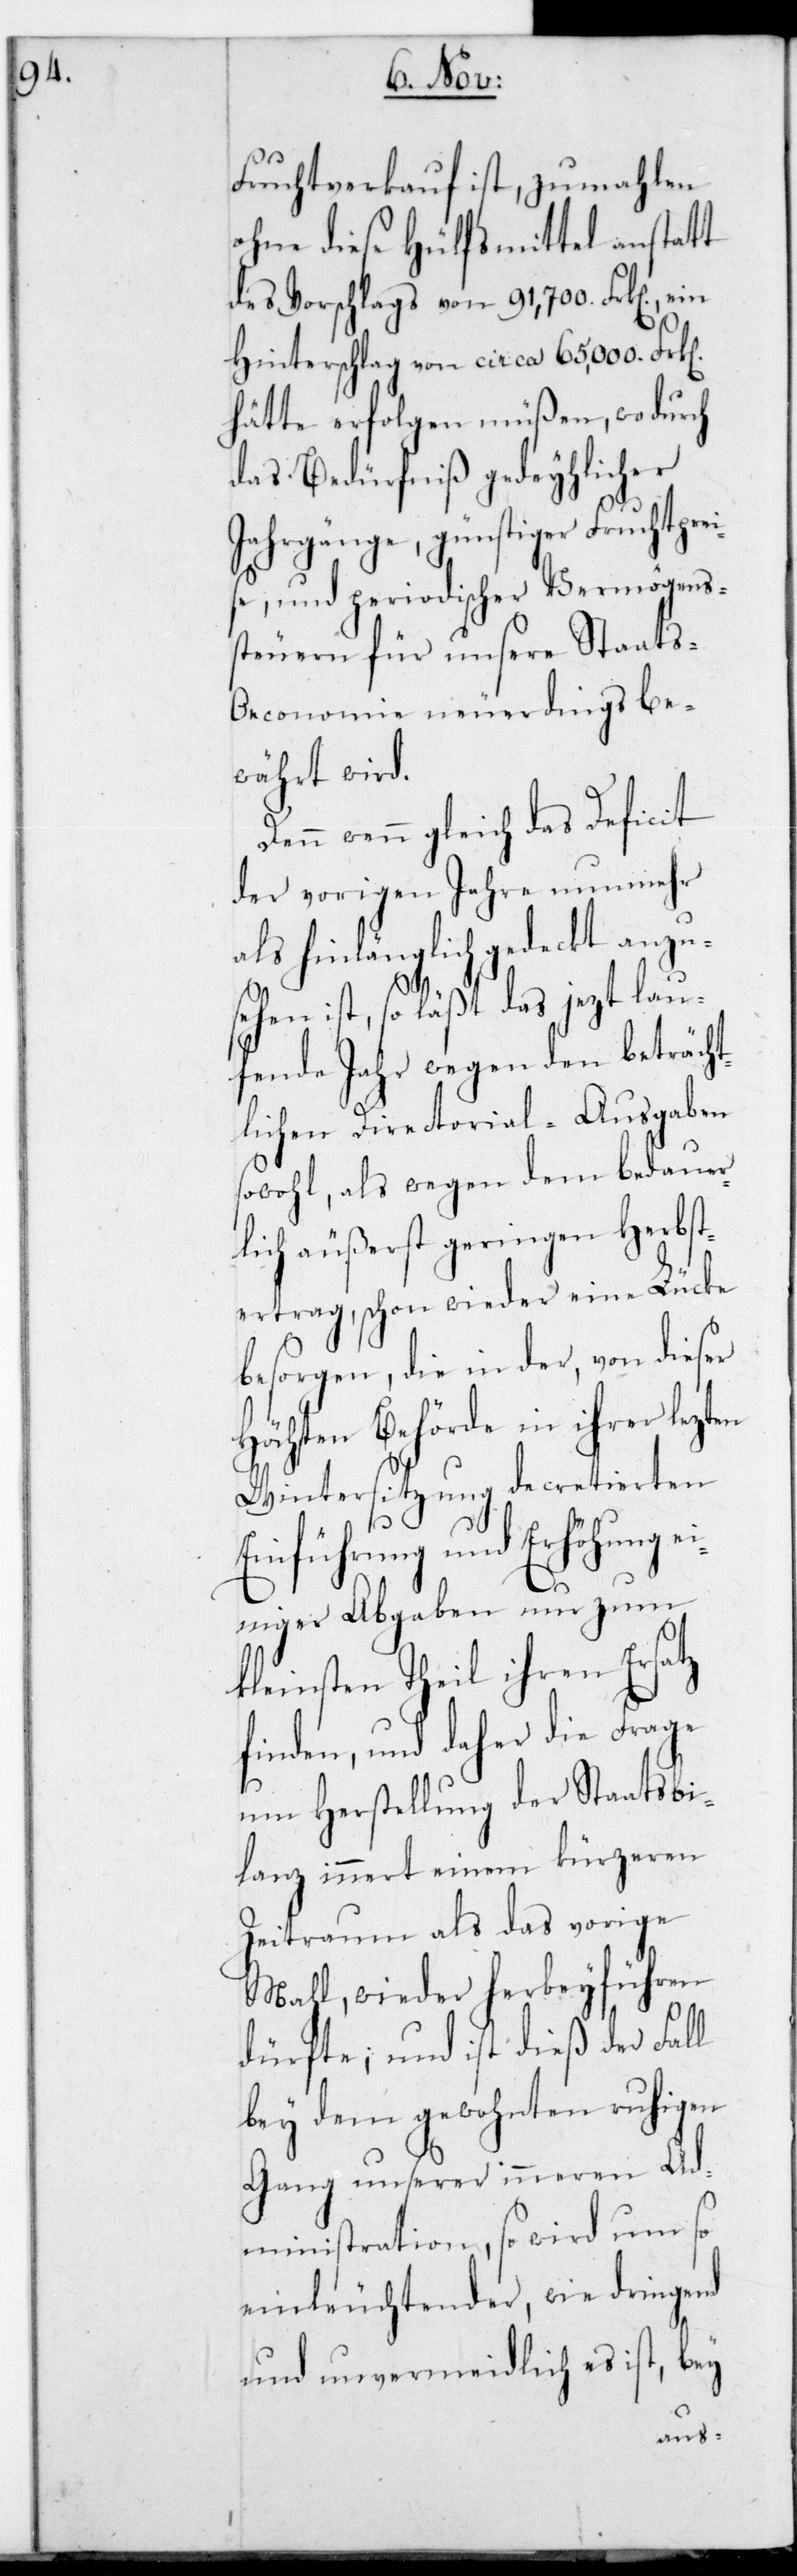
Fruchtverkauf ist, zumahlen
ohne diese Hülfsmittel anstatt
des Vorschlags von 91,700. Frk[en].,
Hinterschlag von circa 65,000 Frk[en]
hätte erfolgen müßen, wodurch
das Bedürfniß gedeyhlicher
Jahrgänge, günstiger Fruchtprei¬
se und periodischer Vermögens¬
steuern für unsere Staats-O¬
economie neuerdings be¬
währt wird.
Denn wenn gleich das Deficit
der vorigen Jahre nunmehr
als hinlänglich gedeckt anzu¬
sehen ist, so läßt das jezt lau¬
fende Jahr wegen den beträcht¬
lichen Directorial-Ausgaben
sowohl, als wegen dem bedauer¬
lich äußerst geringen Herbst¬
ertrag, schon wieder eine Lücke
besorgen, die in der, von dieser
Höchsten Behörde in ihrer lezten
Wintersitzung decretierten
Einführung und Erhöhung
einiger Abgaben nur zum
kleinsten Theil ihren Ersatz
finden, und daher die Frage
um Herstellung der Staatsbi¬
lanz innert einem kürzeren
Zeitraum als das vorige
Mahl, wieder herbeyführen
dürfte; und ist dieß der Fall
bey dem gewohnten ruhigen
Gang unserer inneren Ad¬
ministration, so wird um so
einleuchtender, wie dringend
und unvermeidlich es ist, bey